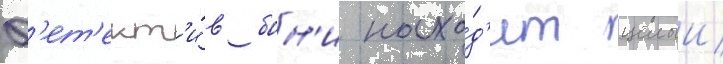
Д'ет'ект'и́в бон'и нахо́д'ит целыи